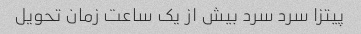
پیتزا سرد سرد بیش از یک ساعت زمان تحویل